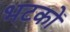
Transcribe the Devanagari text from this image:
भटकों